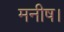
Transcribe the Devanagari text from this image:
मनीष।